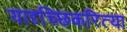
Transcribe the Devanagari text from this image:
यादृच्छिकरित्या